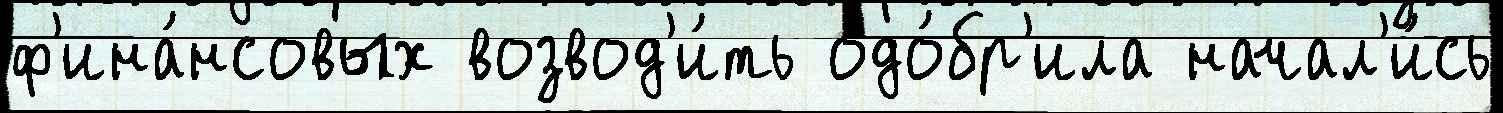
ф'ина́нсовых возвод'и́ть одо́бр'ила начал'и́сь